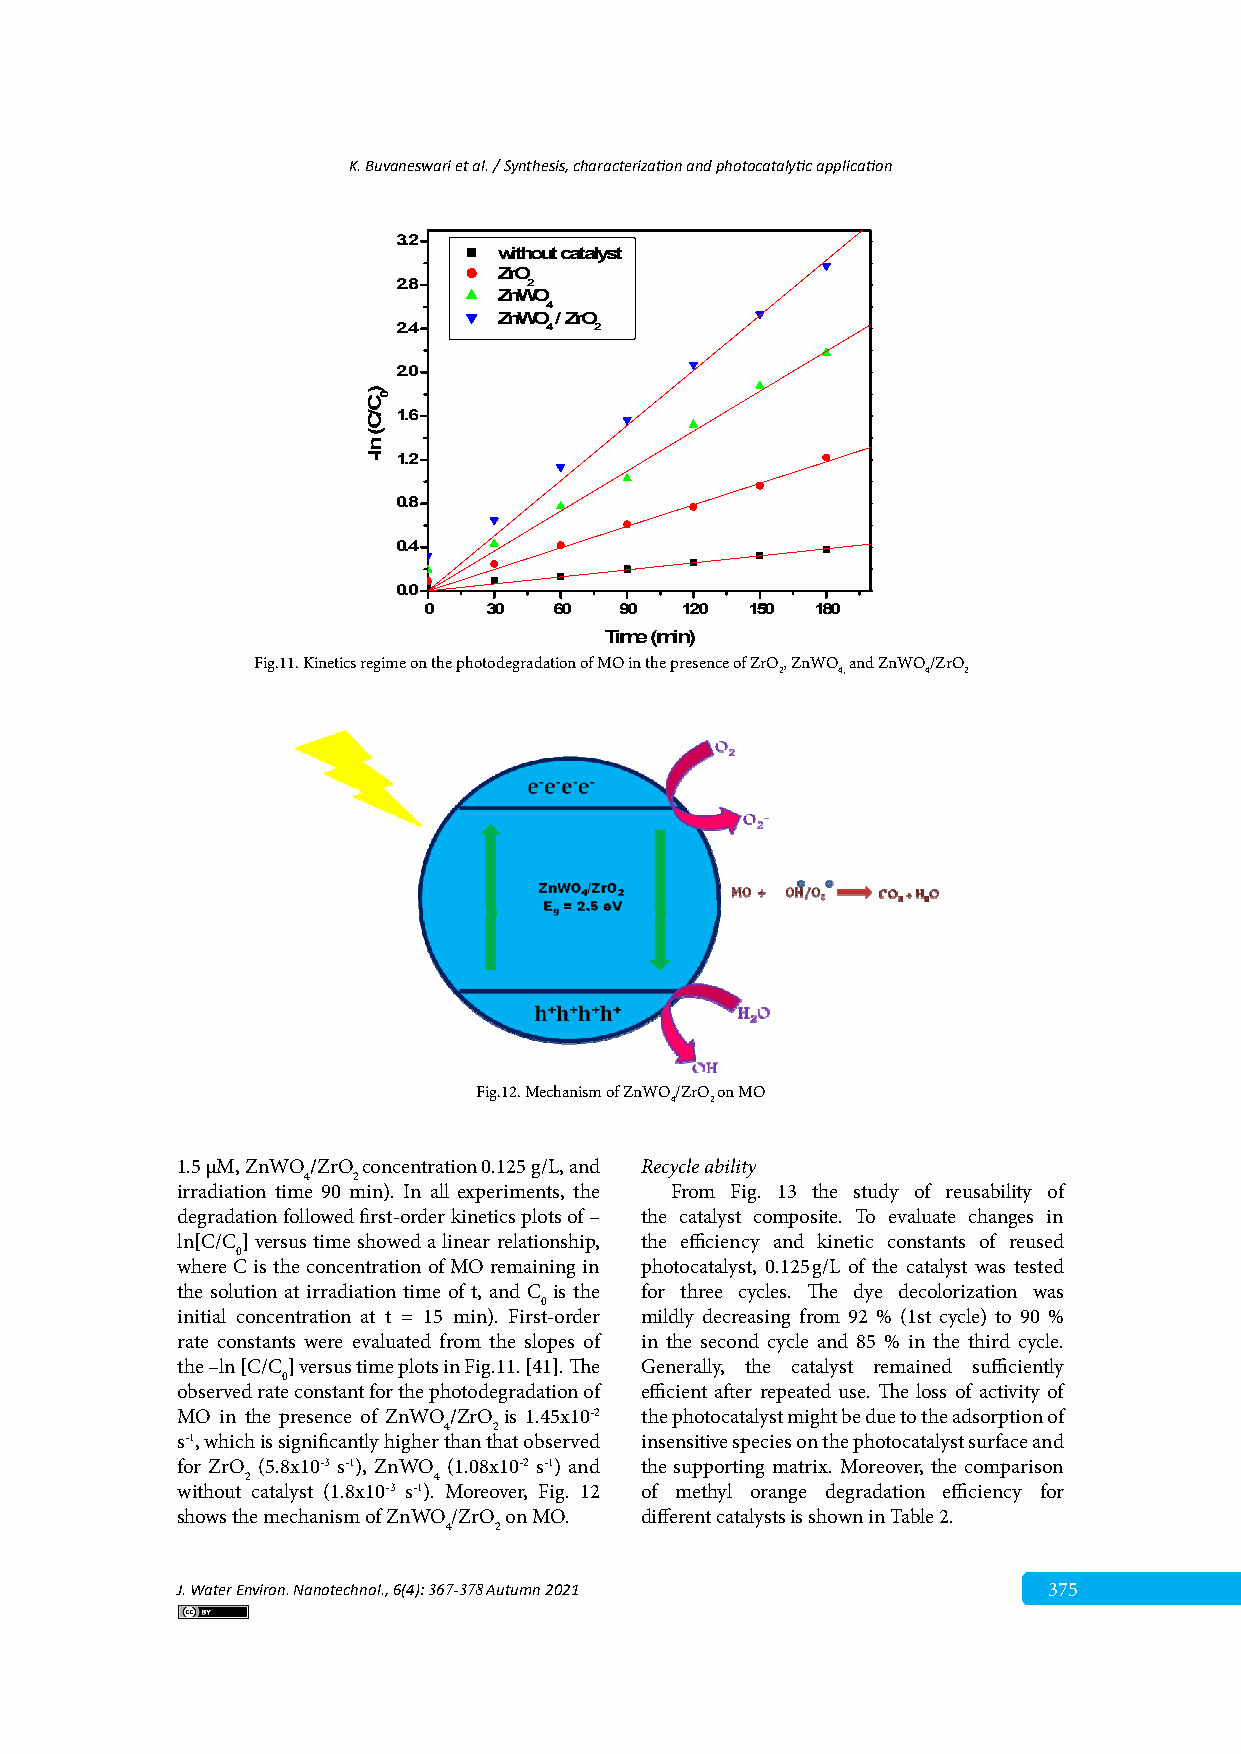
K. Buvaneswari et al. / Synthesis, characterization and photocatalytic application
 3.2
 without catalyst
 ZrO
 2.8      2
 ZnWO
 4
 ZnWO / ZrO
 2.4       4  2
 2.0
 1.6
 1.2
 0.8
 0.4
 0.0
 0   30   60  90  120 150  180
 Time (min)
 Fig.11. Kinetics regime on the photodegradation of MO in the presence of ZrO, ZnWO and ZnWO/ZrO
 2  4,    4  2
 Fig.12. Mechanism of ZnWO/ZrO on MO
 4  2
 1.5 µM, ZnWO/ZrO concentration 0.125 g/L, and Recycle ability
 4  2
 irradiation time 90 min). In all experiments, the From Fig. 13 the study of reusability of
 degradation followed first-order kinetics plots of – the catalyst composite. To evaluate changes in
 ln[C/C] versus time showed a linear relationship, the efficiency and kinetic constants of reused
 0
 where C is the concentration of MO remaining in photocatalyst, 0.125 g/L of the catalyst was tested
 the solution at irradiation time of t, and C is the for three cycles. The dye decolorization was
 0
 initial concentration at t = 15 min). First-order mildly decreasing from 92 % (1st cycle) to 90 %
 rate constants were evaluated from the slopes of in the second cycle and 85 % in the third cycle.
 the –ln [C/C] versus time plots in Fig.11. [41]. The Generally, the catalyst remained sufficiently
 0
 observed rate constant for the photodegradation of efficient after repeated use. The loss of activity of
 MO in the presence of ZnWO/ZrO is 1.45x10-2 the photocatalyst might be due to the adsorption of
 4   2
 s-1, which is significantly higher than that observed insensitive species on the photocatalyst surface and
 for ZrO (5.8x10-3 s-1), ZnWO (1.08x10-2 s-1) and the supporting matrix. Moreover, the comparison
 2            4
 without catalyst (1.8x10-3 s-1). Moreover, Fig. 12 of methyl orange degradation efficiency for
 shows the mechanism of ZnWO/ZrO on MO. different catalysts is shown in Table 2.
 4   2
 J. Water Environ. Nanotechnol., 6(4): 367-378 Autumn 2021 375
 )C/C(
 nl-
 0